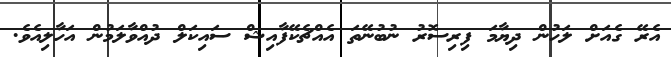
އެރޭ ގެއަށް ލަހުން ދިޔާމަ ފިރިސޮރު ނުބުނޭތަ އެއްޗެކޭފާއިޝް ސައިކަލް ދުއްވާލަމުން އަހާލިއެވެ.